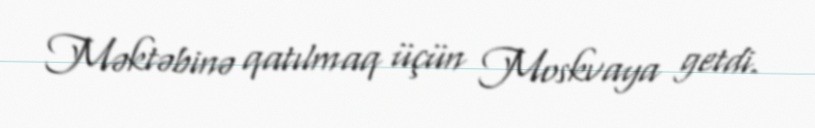
Məktəbinə qatılmaq üçün Moskvaya getdi.